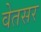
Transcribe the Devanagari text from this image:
वेतसर